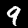
Label: 9